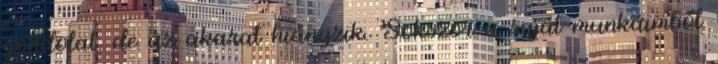
gondolat, de az akarat hiányzik. Sokszor a saját munkáimból